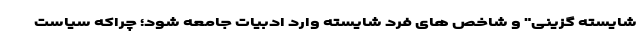
شایسته گزینی" و شاخص های فرد شایسته وارد ادبیات جامعه شود؛ چراکه سیاست